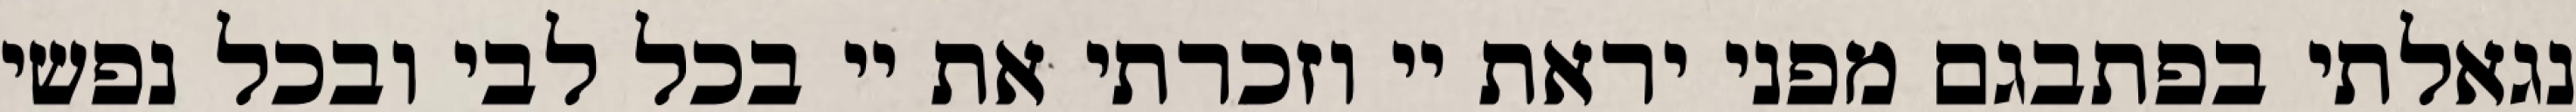
נגאלתי בפתבגם מפני יראת יי וזכרתי את יי בכל לבי ובכל נפשי